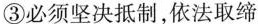
③必须坚决抵制，依法取缔